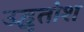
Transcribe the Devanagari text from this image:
उद्धृतांश